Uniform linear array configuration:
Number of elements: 32
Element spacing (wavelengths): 1
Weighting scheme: uniform
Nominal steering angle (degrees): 60
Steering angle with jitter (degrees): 61.824
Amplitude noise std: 0.05
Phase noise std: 0.05

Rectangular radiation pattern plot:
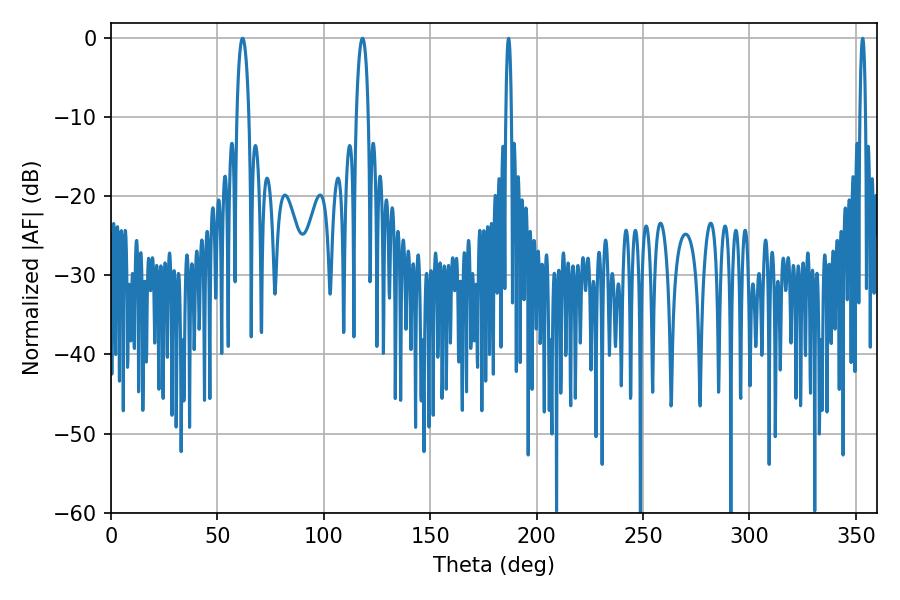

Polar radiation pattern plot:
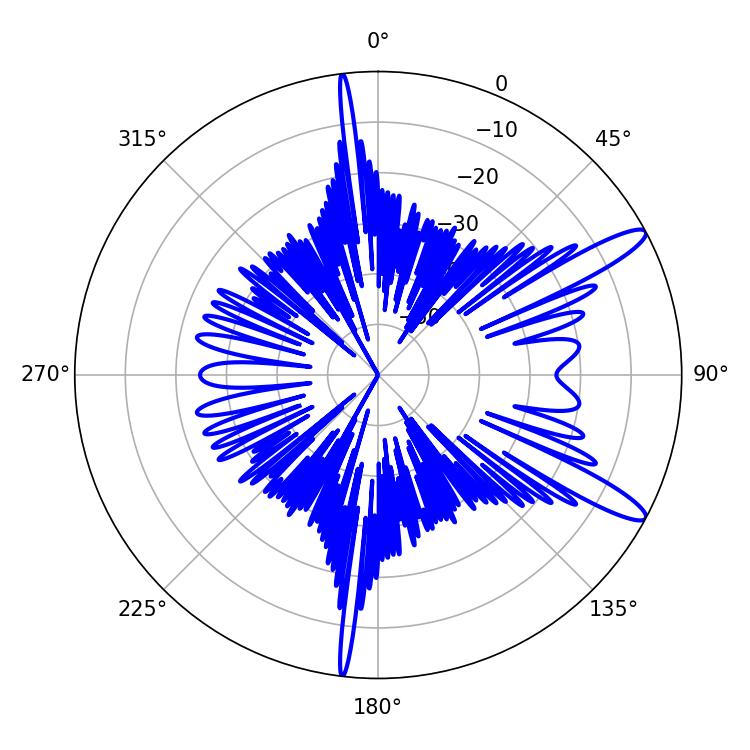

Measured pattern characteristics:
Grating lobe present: TRUE
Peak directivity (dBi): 12.677
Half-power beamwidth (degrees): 1.44
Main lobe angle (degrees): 186.84